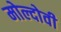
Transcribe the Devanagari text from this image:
मोल्दोवी